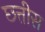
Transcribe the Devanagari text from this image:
छ्त्तीस